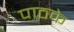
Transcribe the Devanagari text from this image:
पाठके